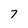
Character: 7